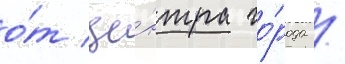
о́т це́нтра го́рода /